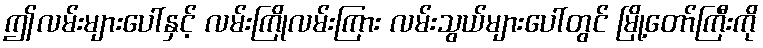
ဤလမ်းများပေါ်နှင့် လမ်းကြိုလမ်းကြား လမ်းသွယ်များပေါ်တွင် မြို့တော်ကြီးကို